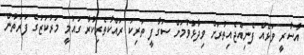
އާސާރީ ވަޅެއް ފެނިއްޖެއިތުރަށް ވިދާޅުވުމަށް ސަގާފީ ތަރިކަ ރައްކާތެރިކުރާ ގައުމީ މަރުކަޒުގެ ފަރާތުން